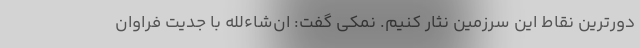
دورترین نقاط این سرزمین نثار کنیم. نمکی گفت: ان‌شاءلله با جدیت فراوان